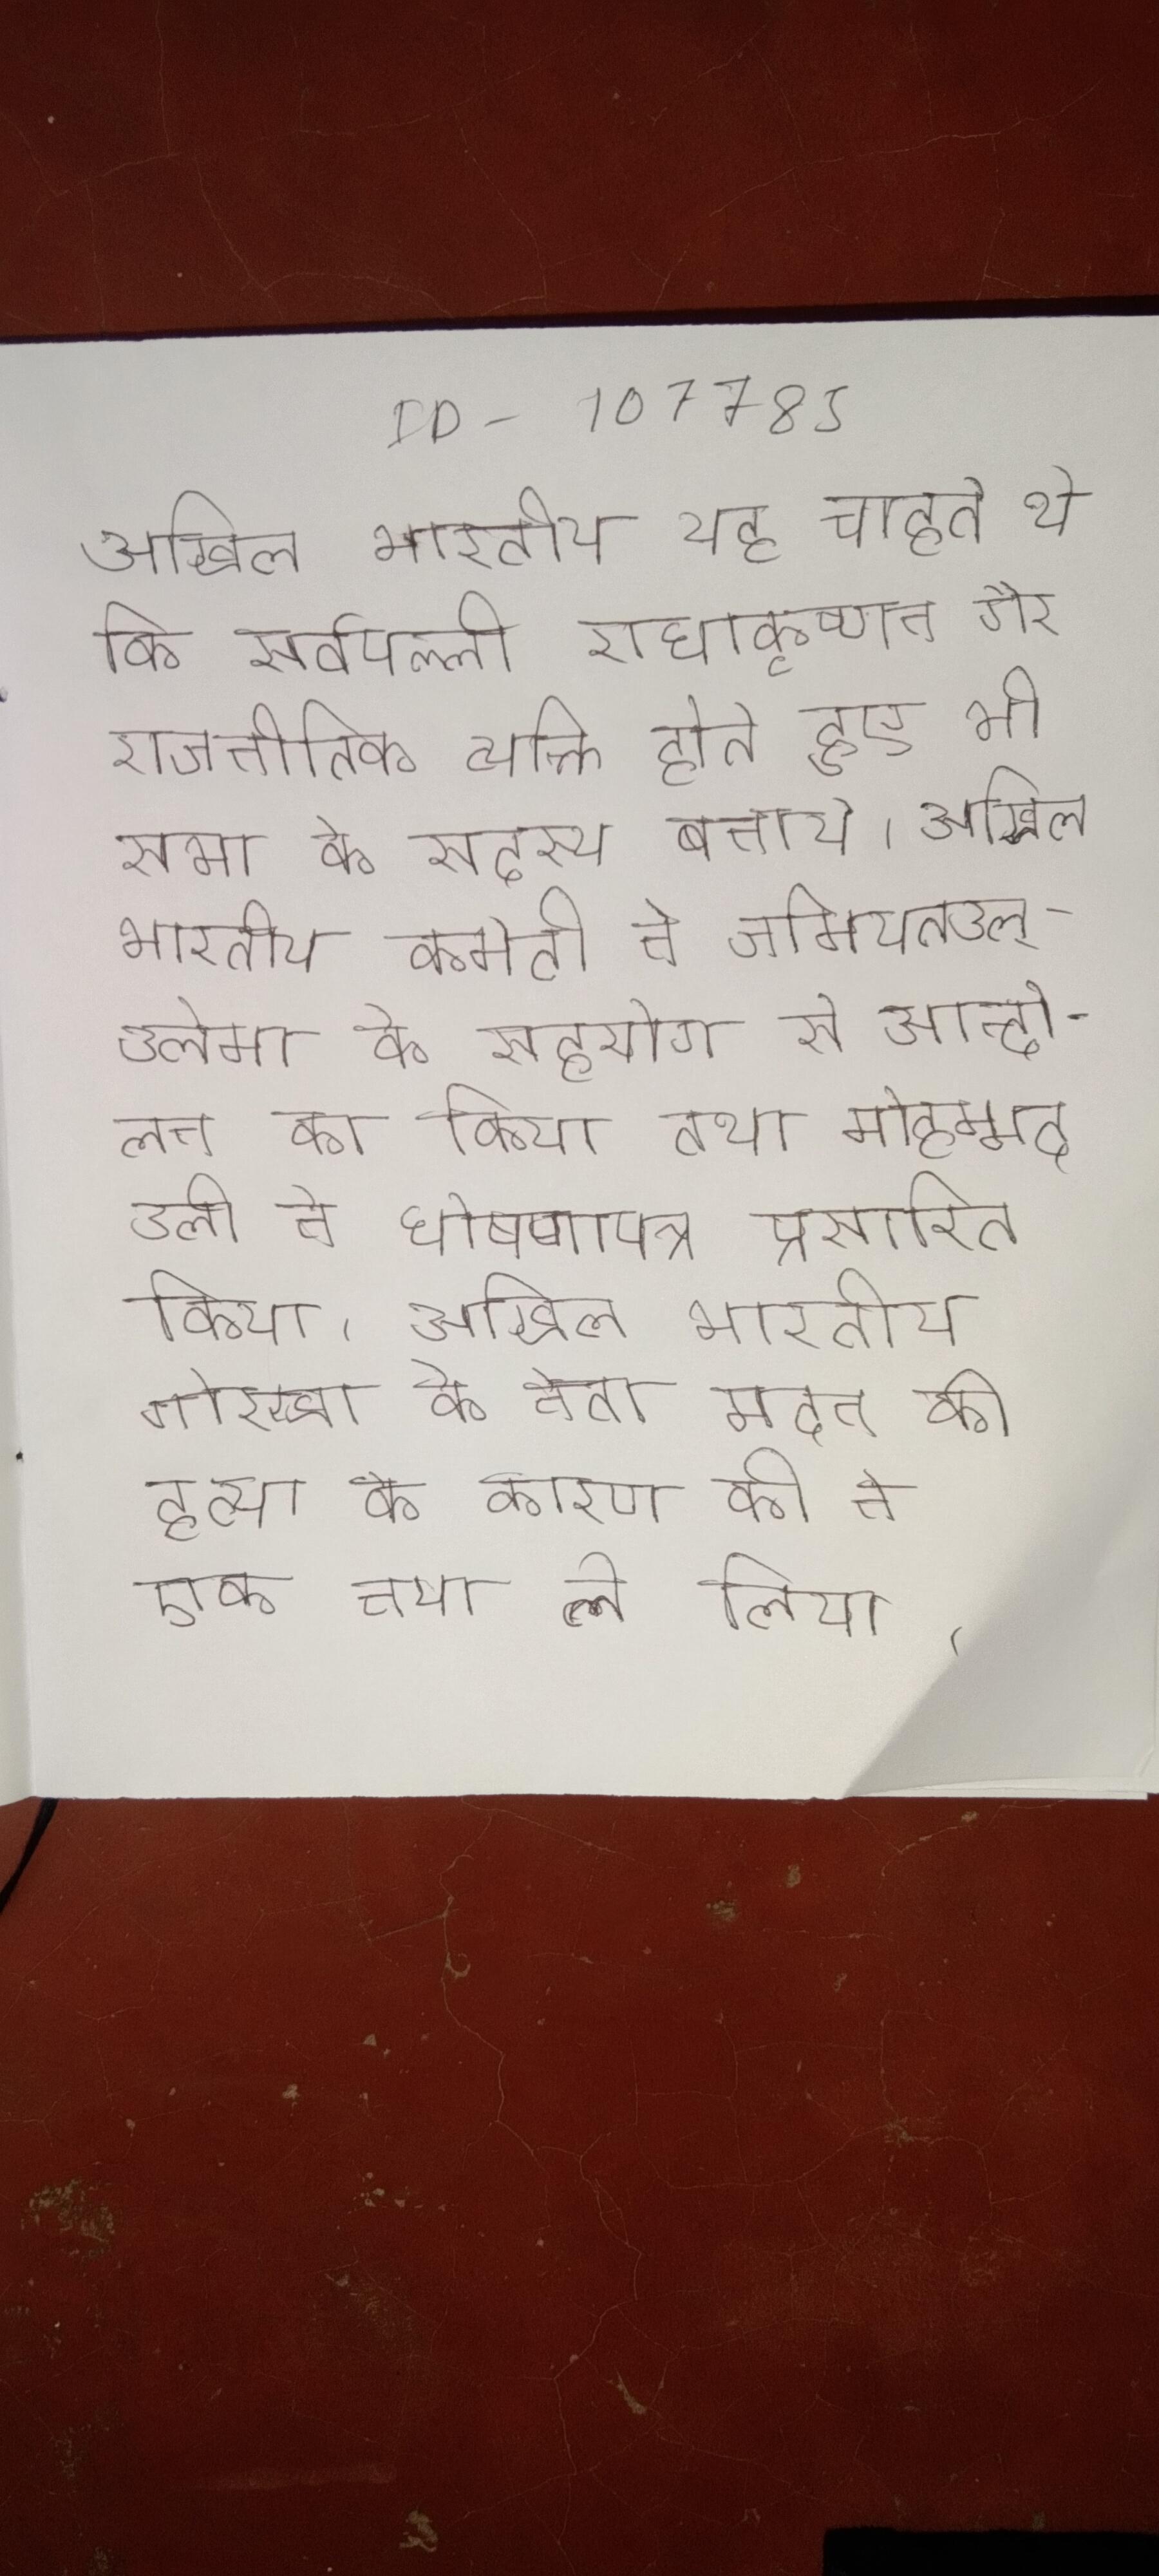
अखिल भारतीय यह चाहते थे कि सर्वपल्ली राधाकृष्णन गैर राजनीतिक व्यक्ति होते हुए भी सभा के सदस्य बनाये । अखिल भारतीय कमेटी ने जमियतउल्-उलेमा के सहयोग से आन्दोलन का किया तथा मोहम्मद अली ने घोषणापत्र प्रसारित किया । अखिल भारतीय गोरखा के नेता मदन की हत्या के कारण की ने एक नया ले लिया ।